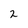
Character: 2